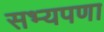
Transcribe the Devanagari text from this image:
सभ्यपणा